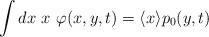
LaTeX: \begin{align*} \int dx \ x \ \varphi(x,y,t)=\langle x \rangle p_{0}(y,t)\end{align*}